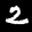
Label: 2